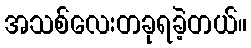
အသစ်လေးတခုရခဲ့တယ်။